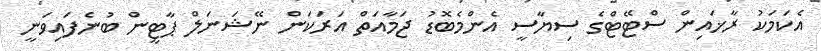
އެކަމަކު ރާޚައިން ސްޓޭޓްގެ ސިޔާސީ އެންމެބޮޑު ޖަމާއަތް އަރަކަން ނޭޝަނަލް ޕާޓީން ބުނެފައިވަނީ